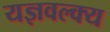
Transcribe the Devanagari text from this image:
यज्ञवल्क्य